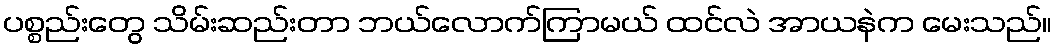
ပစ္စည်းတွေ သိမ်းဆည်းတာ ဘယ်လောက်ကြာမယ် ထင်လဲ အာယနဲက မေးသည်။